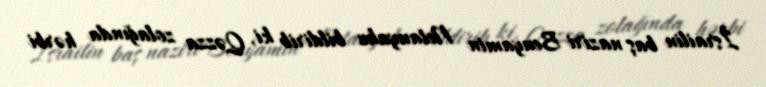
İsrailin baş naziri Benyamin Netanyahu bildirib ki, Qəzza zolağında hərbi